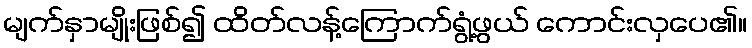
မျက်နှာမျိုးဖြစ်၍ ထိတ်လန့်ကြောက်ရွံ့ဖွယ် ကောင်းလှပေ၏။